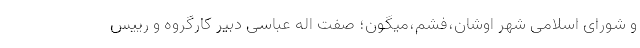
و شورای اسلامی شهر اوشان،فشم،میگون؛ صفت اله عباسی دبیر کارگروه و رییس